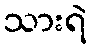
သားရဲ